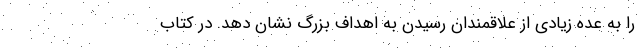
را به عده زیادی از علاقمندان رسیدن به اهداف بزرگ نشان دهد. در کتاب